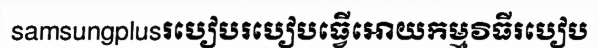
samsungplusរបៀបរបៀបធ្វើអោយកម្មវិធីរបៀប